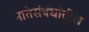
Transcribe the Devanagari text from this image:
नातेसंबंधांतील